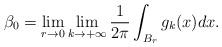
LaTeX: \begin{align*}\beta_0=\lim_{r\to0}\lim_{k\to+\infty}\frac{1}{2\pi}\int_{B_{r}}g_k(x) dx.\end{align*}